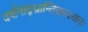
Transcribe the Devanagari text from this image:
दर्शनाद्भ्रान्तिकारकाः